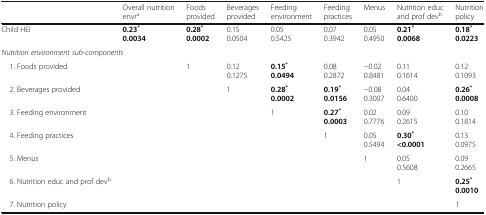
<table><thead><tr><td></td><td><b>Overall nutrition envr<sup>a</sup></b></td><td><b>Foods provided</b></td><td><b>Beverages provided</b></td><td><b>Feeding environment</b></td><td><b>Feeding practices</b></td><td><b>Menus</b></td><td><b>Nutrition educ and prof dev<sup>b</sup></b></td><td><b>Nutrition policy</b></td></tr></thead><tbody><tr><td>Child HEI</td><td><b>0.23</b><sup><b>*</b></sup><b>0.0034</b></td><td><b>0.28</b><sup><b>*</b></sup><b>0.0002</b></td><td>0.150.0504</td><td>0.050.5425</td><td>0.070.3942</td><td>0.050.4950</td><td><b>0.21</b><sup><b>*</b></sup><b>0.0068</b></td><td><b>0.18</b><sup><b>*</b></sup><b>0.0223</b></td></tr><tr><td colspan="9"><i>Nutrition environment sub-components</i></td></tr><tr><td> 1. Foods provided</td><td></td><td>1</td><td>0.120.1275</td><td><b>0.15</b><sup><b>*</b></sup><b>0.0494</b></td><td>0.080.2872</td><td>−0.020.8481</td><td>0.110.1614</td><td>0.120.1093</td></tr><tr><td> 2. Beverages provided</td><td></td><td></td><td>1</td><td><b>0.28</b><sup><b>*</b></sup><b>0.0002</b></td><td><b>0.19</b><sup><b>*</b></sup><b>0.0156</b></td><td>−0.080.3007</td><td>0.040.6400</td><td><b>0.26</b><sup><b>*</b></sup><b>0.0008</b></td></tr><tr><td> 3. Feeding environment</td><td></td><td></td><td></td><td>1</td><td><b>0.27</b><sup><b>*</b></sup><b>0.0003</b></td><td>0.020.7776</td><td>0.090.2615</td><td>0.100.1814</td></tr><tr><td> 4. Feeding practices</td><td></td><td></td><td></td><td></td><td>1</td><td>0.050.5494</td><td><b>0.30</b><sup><b>*</b></sup><b>&lt;0.0001</b></td><td>0.130.0975</td></tr><tr><td> 5. Menus</td><td></td><td></td><td></td><td></td><td></td><td>1</td><td>0.050.5608</td><td>0.090.2665</td></tr><tr><td> 6. Nutrition educ and prof dev<sup>b</sup></td><td></td><td></td><td></td><td></td><td></td><td></td><td>1</td><td><b>0.25</b><sup><b>*</b></sup><b>0.0010</b></td></tr><tr><td> 7. Nutrition policy</td><td></td><td></td><td></td><td></td><td></td><td></td><td></td><td>1</td></tr></tbody></table>